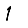
Digit: 1